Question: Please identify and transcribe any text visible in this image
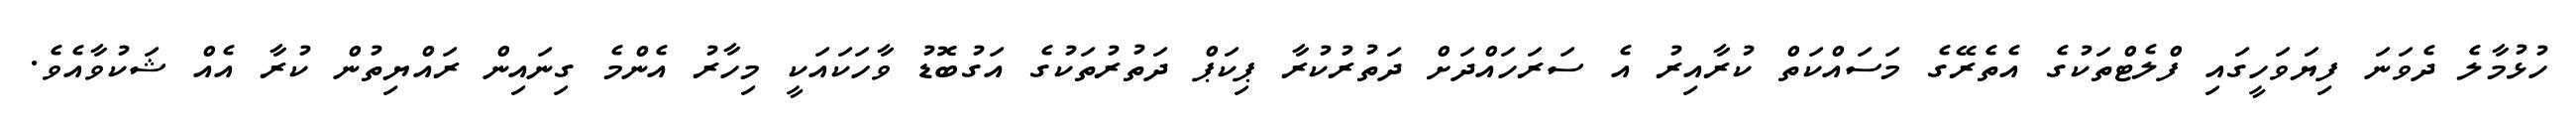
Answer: ހުޅުމާލެ ދެވަނަ ފިޔަވަހީގައި ފްލެޓްތަކުގެ އެތެރޭގެ މަސައްކަތް ކުރާއިރު އެ ސަރަހައްދަށް ދަތުރުކުރާ ޕިކަޕް ދަތުރުތަކުގެ އަގުބޮޑު ވާހަކައަކީ މިހާރު އެންމެ ގިނައިން ރައްޔިތުން ކުރާ އެއް ޝަކުވާއެވެ.